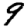
Digit: 9